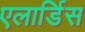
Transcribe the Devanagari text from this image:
एलार्डिस